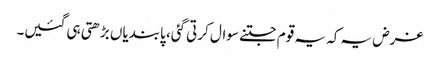
غرض یہ کہ یہ قوم جتنے سوال کرتی گئی، پابندیاں بڑھتی ہی گئیں۔